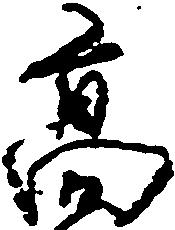
高